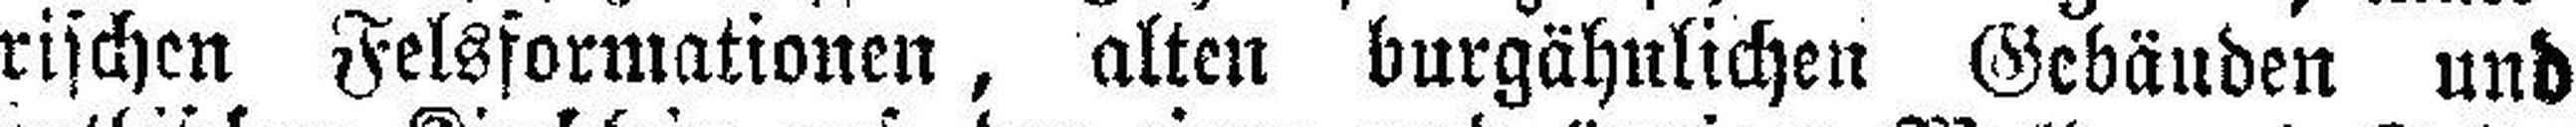
rischen Felsformationen, alten burgähnlichen Gebäuden und